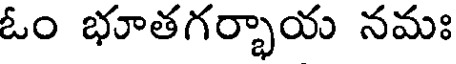
ఓం భూతగర్భాయ నమః